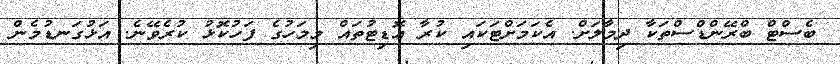
ބެސްޓް ބްރޭންޑްސްތަކާ ދިމާލަށް. އެކަމަށްޓަކައި ކުރާ އޮޑިޓުތައް މިމަހުގެ ފަހުކޮޅު ކުރެވޭނެ. އަޅުގަނޑުމެން